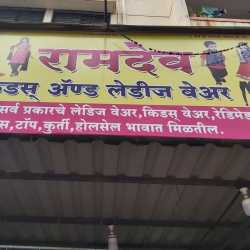
Language: marathi
Transcription: अँण्ड लेडीज वेअर मिळतील. प्रकारचे किडस् लेडिज रामदेव